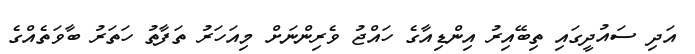
އަދި ސައުދީގައި ތިބޭއިރު އިންޑިއާގެ ހައްޖު ވެރިންނަށް މިއަހަރު ތަފާތު ހަތަރު ބާވަތެއްގެ